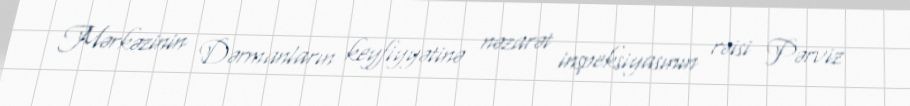
Mərkəzinin Dərmanların keyfiyyətinə nəzarət inspeksiyasının rəisi Pərviz